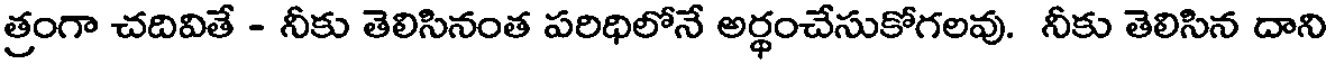
త్రంగా చదివితే - నీకు తెలిసినంత పరిధిలోనే అర్థంచేసుకోగలవు. నీకు తెలిసిన దాని